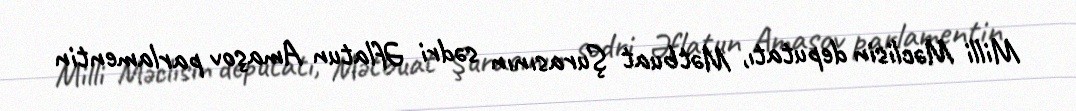
Milli Məclisin deputatı, Mətbuat Şurasının sədri Əflatun Amaşov parlamentin